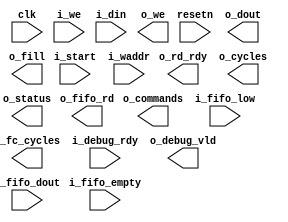
/*******************************************************************************
    Verilog netlist generated by IPGEN Radiant Software (64-bit) 1.1.0.165.1
    Soft IP Version: 1.1.0
    Fri May 03 13:47:29 2019
*******************************************************************************/
/*******************************************************************************
    Wrapper Module generated per user settings.
*******************************************************************************/
module lsc_ml_ice40_cnn (clk, resetn, o_rd_rdy, i_start, i_we, i_waddr, i_din,
    o_we, o_dout, o_cycles, o_commands, o_fc_cycles, i_debug_rdy, o_debug_vld,
    o_fill, i_fifo_empty, i_fifo_low, o_fifo_rd, i_fifo_dout, o_status)/* synthesis syn_black_box syn_declare_black_box=1 */;
    input  clk;
    input  resetn;
    output  o_rd_rdy;
    input  i_start;
    input  i_we;
    input  [15:0]  i_waddr;
    input  [15:0]  i_din;
    output  o_we;
    output  [15:0]  o_dout;
    output  [31:0]  o_cycles;
    output  [31:0]  o_commands;
    output  [31:0]  o_fc_cycles;
    input  i_debug_rdy;
    output  o_debug_vld;
    output  o_fill;
    input  i_fifo_empty;
    input  i_fifo_low;
    output  o_fifo_rd;
    input  [31:0]  i_fifo_dout;
    output  [7:0]  o_status;
endmodule